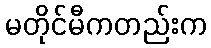
မတိုင်မီကတည်းက